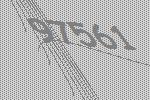
97561